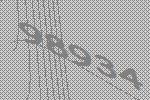
98934